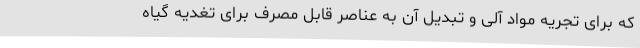
که برای تجریه مواد آلی و تبدیل آن به عناصر قابل مصرف برای تغدیه گیاه